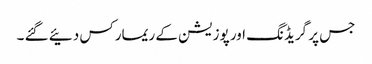
جس پر گریڈنگ اور پوزیشن کے ریمارکس دئیے گئے ۔